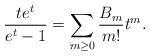
LaTeX: \begin{align*} \frac{te^t}{e^t-1} = \sum_{m\geq0} \frac{B_m}{m!}t^m. \end{align*}